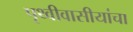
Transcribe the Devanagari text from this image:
पृथ्वीवासीयांचा